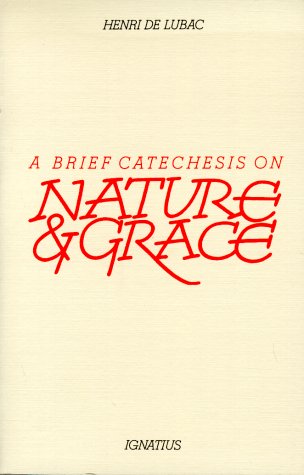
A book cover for Brief Catechesis on Nature and Grace; Henri De Lubac; Christian Books & Bibles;